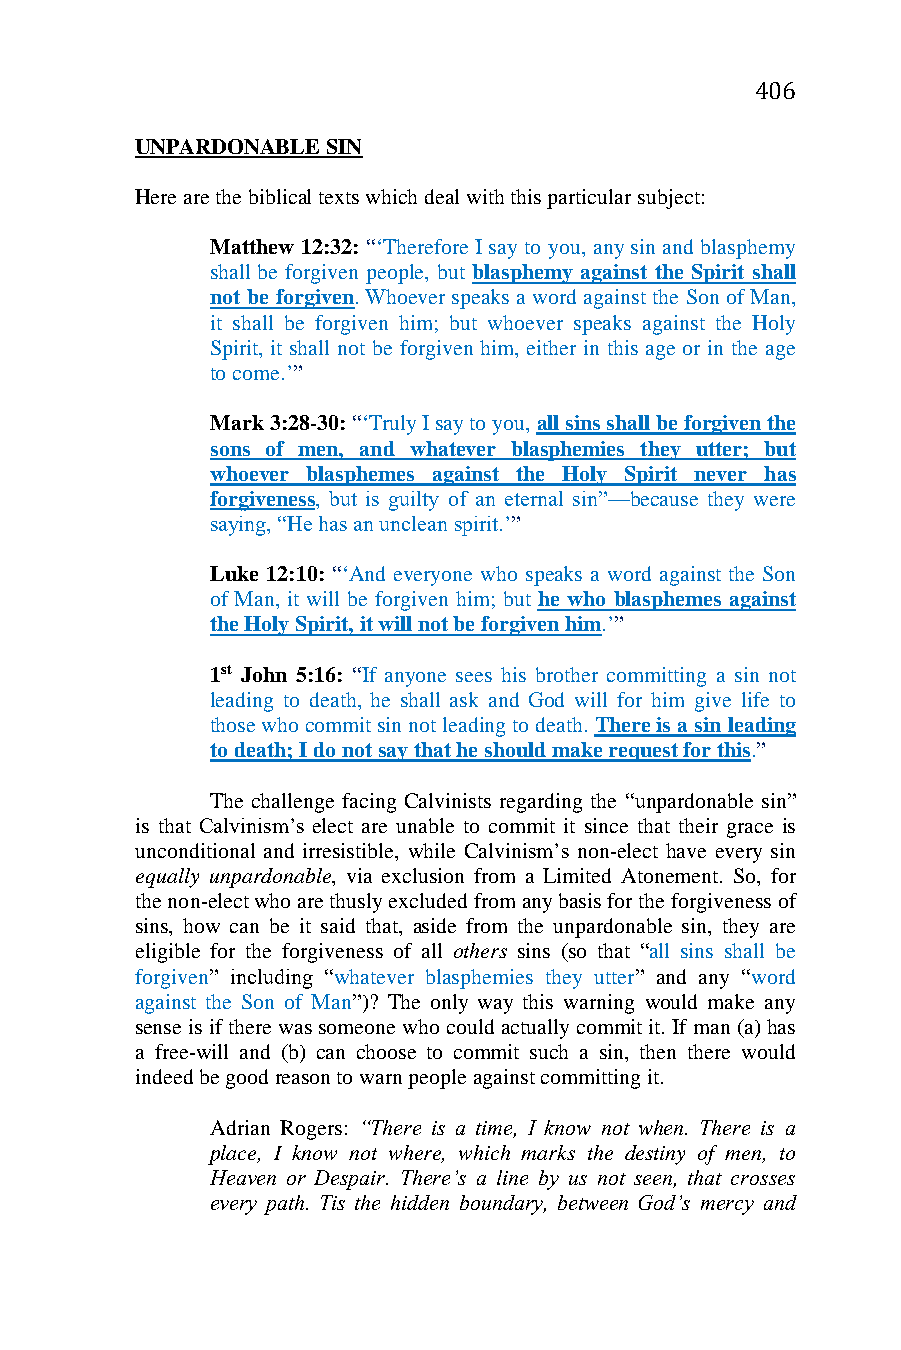
406
 UNPARDONABLE SIN
 Here are the biblical texts which deal with this particular subject:
 Matthew 12:32: “‘Therefore I say to you, any sin and blasphemy
 shall be forgiven people, but blasphemy against the Spirit shall
 not be forgiven. Whoever speaks a word against the Son of Man,
 it shall be forgiven him; but whoever speaks against the Holy
 Spirit, it shall not be forgiven him, either in this age or in the age
 to come.’”
 Mark 3:28-30: “‘Truly I say to you, all sins shall be forgiven the
 sons of men, and whatever blasphemies they utter; but
 whoever blasphemes against the Holy Spirit never has
 forgiveness, but is guilty of an eternal sin”—because they were
 saying, “He has an unclean spirit.’”
 Luke 12:10: “‘And everyone who speaks a word against the Son
 of Man, it will be forgiven him; but he who blasphemes against
 the Holy Spirit, it will not be forgiven him.’”
 1st John 5:16: “If anyone sees his brother committing a sin not
 leading to death, he shall ask and God will for him give life to
 those who commit sin not leading to death. There is a sin leading
 to death; I do not say that he should make request for this.”
 The challenge facing Calvinists regarding the “unpardonable sin”
 is that Calvinism’s elect are unable to commit it since that their grace is
 unconditional and irresistible, while Calvinism’s non-elect have every sin
 equally unpardonable, via exclusion from a Limited Atonement. So, for
 the non-elect who are thusly excluded from any basis for the forgiveness of
 sins, how can be it said that, aside from the unpardonable sin, they are
 eligible for the forgiveness of all others sins (so that “all sins shall be
 forgiven” including “whatever blasphemies they utter” and any “word
 against the Son of Man”)? The only way this warning would make any
 sense is if there was someone who could actually commit it. If man (a) has
 a free-will and (b) can choose to commit such a sin, then there would
 indeed be good reason to warn people against committing it.
 Adrian Rogers: “There is a time, I know not when. There is a
 place, I know not where, which marks the destiny of men, to
 Heaven or Despair. There’s a line by us not seen, that crosses
 every path. Tis the hidden boundary, between God’s mercy and